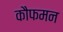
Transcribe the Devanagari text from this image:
कौफमन